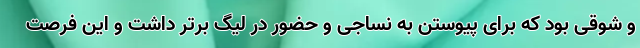
و شوقی بود که برای پیوستن به نساجی و حضور در لیگ برتر داشت و این فرصت